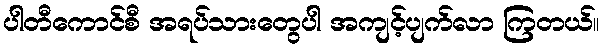
ပါတီကောင်စီ အရပ်သားတွေပါ အကျင့်ပျက်လာ ကြတယ်။